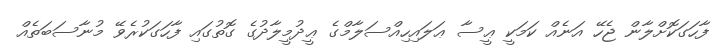
ފާހަގަކޮށްލާން ޖެހޭ އަނެއް ކަމަކީ ޢީސާ ޢަލައިހިއްސަލާމްގެ ޢީދުމީލާދުގެ ގޮތުގައި ފާހަގަކުރެވޭ މުނާސަބަތެއް